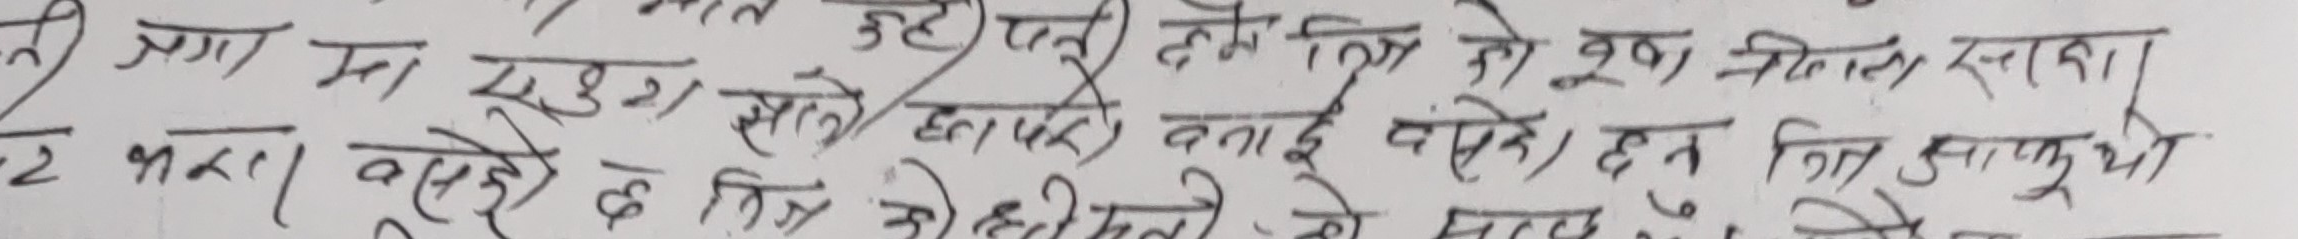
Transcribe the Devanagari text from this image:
क अगाडिमा खुस् सले छापेर बनाई बस्ने ति साधुथी